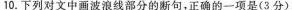
10.下列对文中画波浪线部分的断句，正确的一项是(3分)